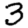
Digit: 3